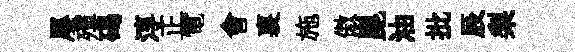
屡殫碣淳正電會裏施傲崑油批辰梨